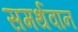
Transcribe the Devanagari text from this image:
समर्थवान